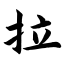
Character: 拉